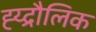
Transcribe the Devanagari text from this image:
ह्य्द्रौलिक